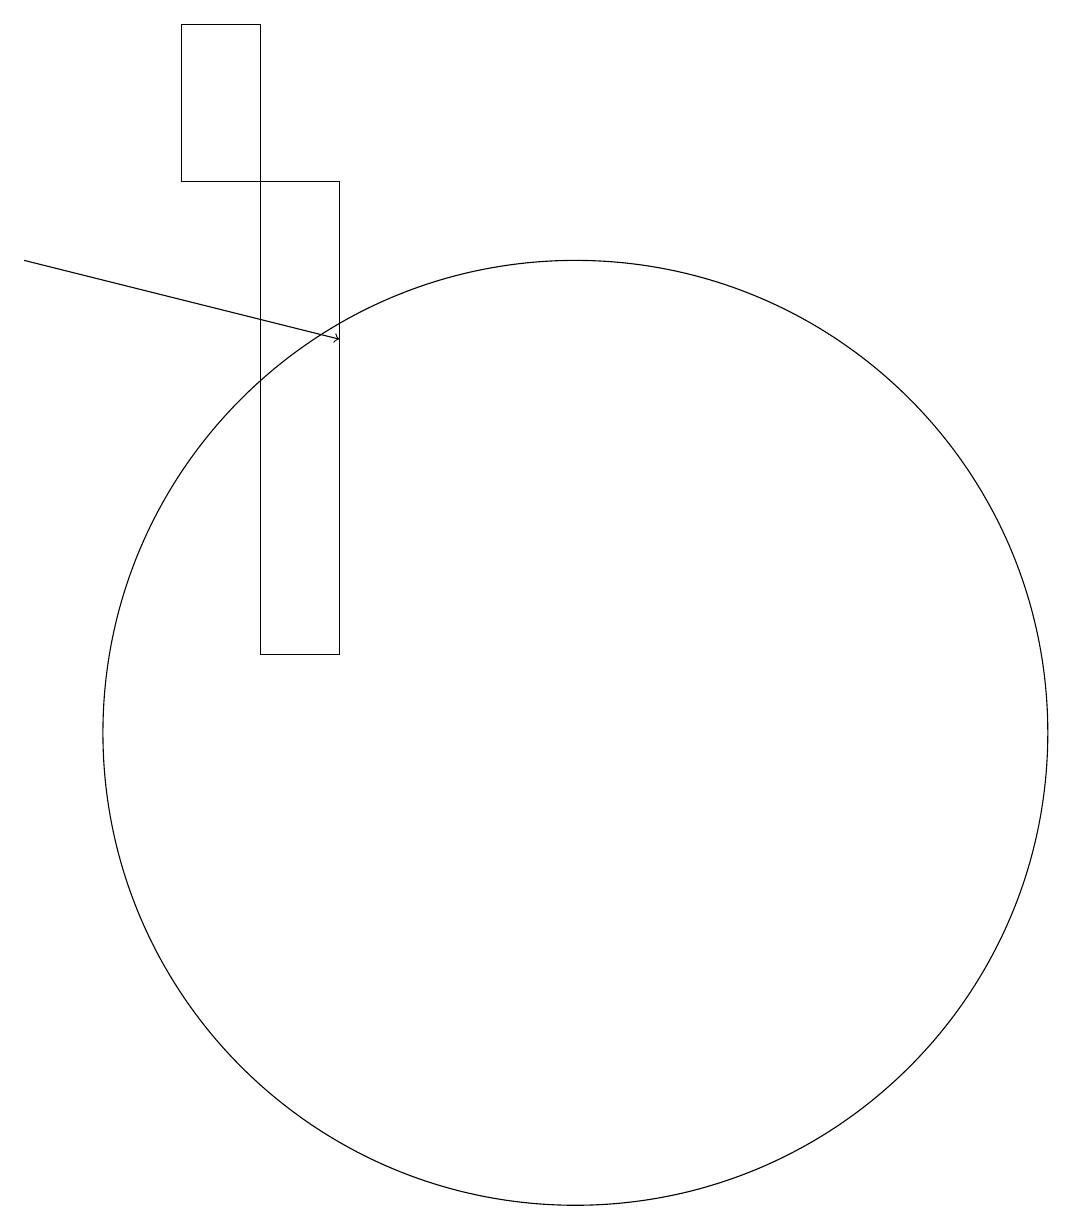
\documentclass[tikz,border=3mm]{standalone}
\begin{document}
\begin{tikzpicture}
\draw (5,19) rectangle (6,17);
\draw (7,12) rectangle (7,14);
\draw (10,10) circle (6);
\draw[->] (3,16) -- (7,15);
\draw (7,11) rectangle (6,17);
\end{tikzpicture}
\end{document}